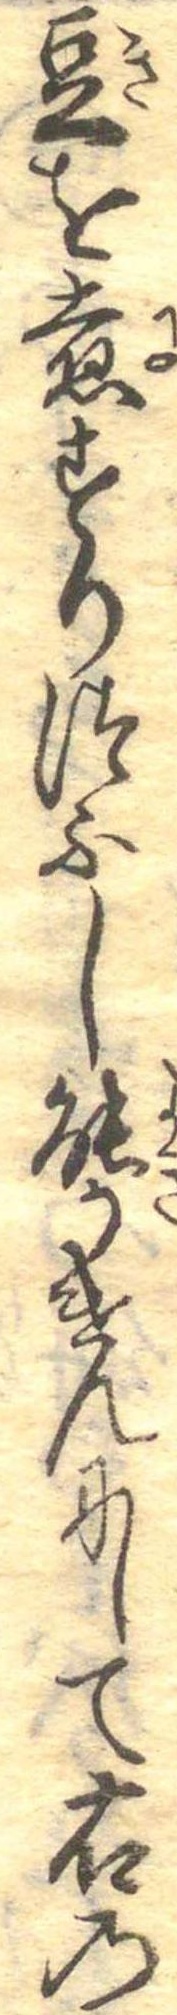
豆を煮すりつふし能かけんにして右の